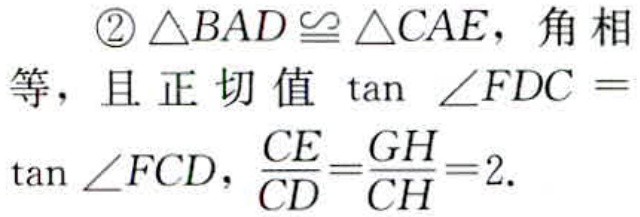
\textcircled{2}$\triangle BAD\cong\triangle CAE$，角相等，且正切值$\tan\angle FDC = \tan\angle FCD$，$\frac{CE}{CD}=\frac{GH}{CH}=2.$